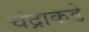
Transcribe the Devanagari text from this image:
चंद्राकडे